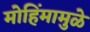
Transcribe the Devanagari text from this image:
मोहिंमामुळे